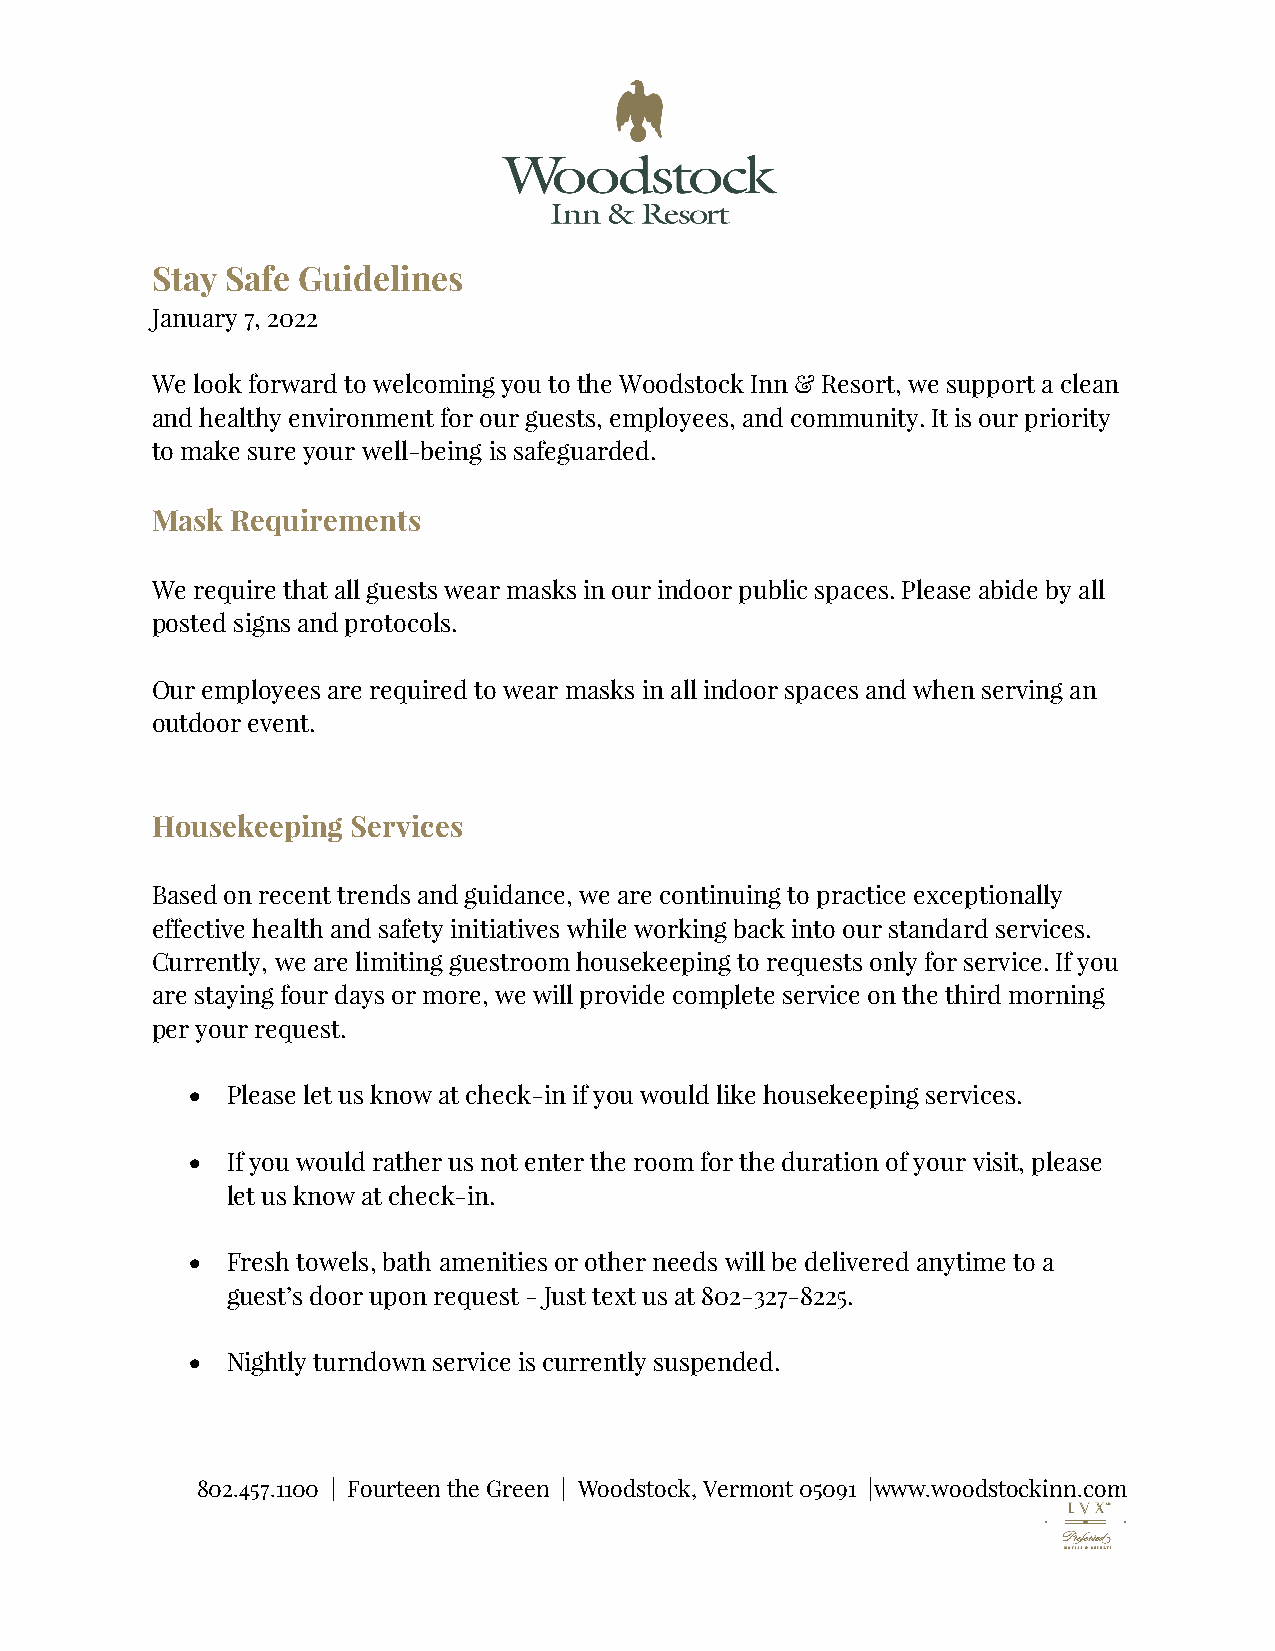
Stay Safe Guidelines
 January 7, 2022
 We look forward to welcoming you to the Woodstock Inn & Resort, we support a clean
 and healthy environment for our guests, employees, and community. It is our priority
 to make sure your well-being is safeguarded.
 Mask Requirements
 We require that all guests wear masks in our indoor public spaces. Please abide by all
 posted signs and protocols.
 Our employees are required to wear masks in all indoor spaces and when serving an
 outdoor event.
 Housekeeping Services
 Based on recent trends and guidance, we are continuing to practice exceptionally
 effective health and safety initiatives while working back into our standard services.
 Currently, we are limiting guestroom housekeeping to requests only for service. If you
 are staying four days or more, we will provide complete service on the third morning
 per your request.
 • Please let us know at check-in if you would like housekeeping services.
 • If you would rather us not enter the room for the duration of your visit, please
 let us know at check-in.
 • Fresh towels, bath amenities or other needs will be delivered anytime to a
 guest’s door upon request - Just text us at 802-327-8225.
 • Nightly turndown service is currently suspended.
 802.457.1100 | Fourteen the Green | Woodstock, Vermont 05091 |www.woodstockinn.com